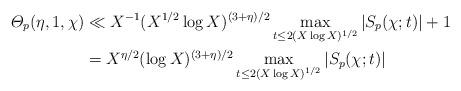
LaTeX: \begin{align*}\varTheta_p(\eta, 1,\chi) &\ll X^{-1} (X^{1/2}\log X)^{(3+\eta)/2} \max_{t \le 2(X\log X)^{1/2}}\left|S_p(\chi;t)\right| + 1\\& = X^{\eta/2} (\log X)^{(3+\eta)/2} \max_{t \le 2(X\log X)^{1/2}}\left|S_p(\chi;t)\right|\end{align*}